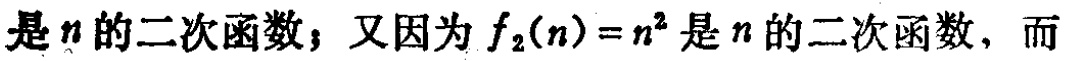
是\(n\)的二次函数；又因为\(f_{2}(n)=n^{2}\)是\(n\)的二次函数，而